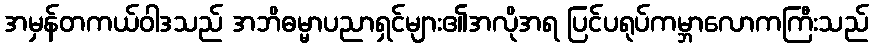
အမှန်တကယ်ဝါဒသည် အဘိဓမ္မာပညာရှင်များ၏အလိုအရ ပြင်ပရုပ်ကမ္ဘာလောကကြီးသည်